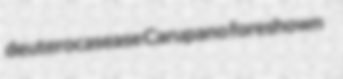
deuterocasease Carupano foreshown